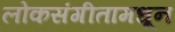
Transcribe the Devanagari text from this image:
लोकसंगीतामधून